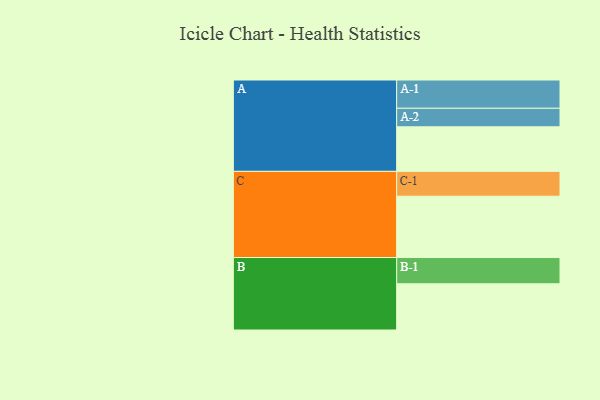
{"axis": {"x": "Segment", "y": "Value"}, "legend": ["", "A", "B", "C"], "data": [{"x": "A", "y": 375, "type": ""}, {"x": "B", "y": 389, "type": ""}, {"x": "C", "y": 516, "type": ""}, {"x": "A-1", "y": 238, "type": "A"}, {"x": "A-2", "y": 156, "type": "A"}, {"x": "B-1", "y": 221, "type": "B"}, {"x": "C-1", "y": 209, "type": "C"}]}